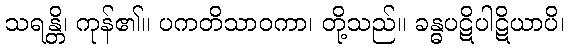
သရန္တိ၊ ကုန်၏။ ပကတိသာဝကာ၊ တို့သည်။ ခန္ဓပဋိပါဋိယာပိ၊